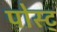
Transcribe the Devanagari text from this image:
पोस्ट्